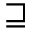
\sqsupseteq